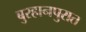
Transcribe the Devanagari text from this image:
बुरहानपुरात